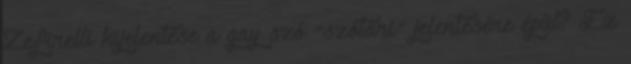
Zefirelli kijelentése a gay szó "szótári" jelentésére épül? Ez